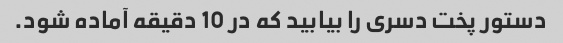
دستور پخت دسری را بیابید که در 10 دقیقه آماده شود.